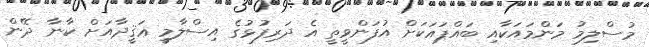
މުސްލިމު މަންމައަކާއި ބައްޕައަކަށް އުފަންވީތީ އެ ދަރިފުޅުގެ އިސްލާމީ ޢަޤީދާއަށް ކާނާ ދޭން